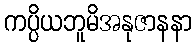
ကပ္ပိယဘူမိအနုဇာနနာ